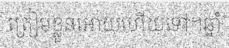
ត្រៀមខ្លួនអោយហើយទៅ។ឆ្នាំ